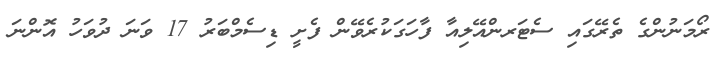
ރޯމަނުންގެ ތެރޭގައި ސެޓަރންއޭލިއާ ފާހަގަކުރެވޭން ފެށީ ޑިސެމްބަރު 17 ވަނަ ދުވަހު އޮންނަ